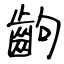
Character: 齣